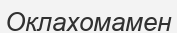
Оклахомамен